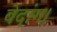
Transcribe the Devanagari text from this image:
वेदांग।